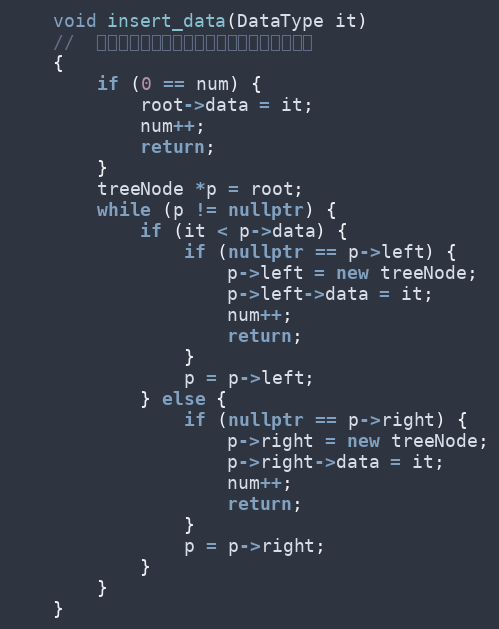
Language: C++
    void insert_data(DataType it)
    //  利用二分查找的思想，借助树的结构使用递归
    {
        if (0 == num) {
            root->data = it;
            num++;
            return;
        }
        treeNode *p = root;
        while (p != nullptr) {
            if (it < p->data) {
                if (nullptr == p->left) {
                    p->left = new treeNode;
                    p->left->data = it;
                    num++;
                    return;
                }
                p = p->left;
            } else {
                if (nullptr == p->right) {
                    p->right = new treeNode;
                    p->right->data = it;
                    num++;
                    return;
                }
                p = p->right;
            }
        }
    }